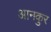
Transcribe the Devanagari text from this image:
आनकुर